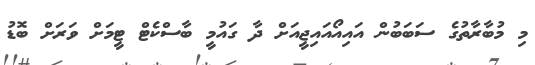
މި މުބާރާތުގެ ސަބަބުން އައިއޯއައިޖީއަށް ދާ ގައުމީ ބާސްކެޓް ޓީމަށް ވަރަށް ބޮޑު